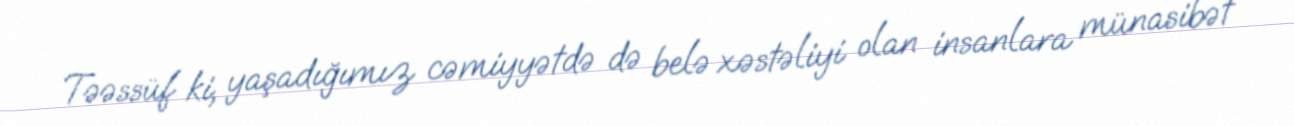
Təəssüf ki, yaşadığımız cəmiyyətdə də belə xəstəliyi olan insanlara münasibət